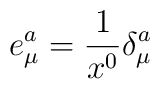
e^{a}_{\mu} = \frac{1}{x^0} \delta^{a}_{\mu}